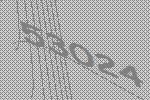
53024